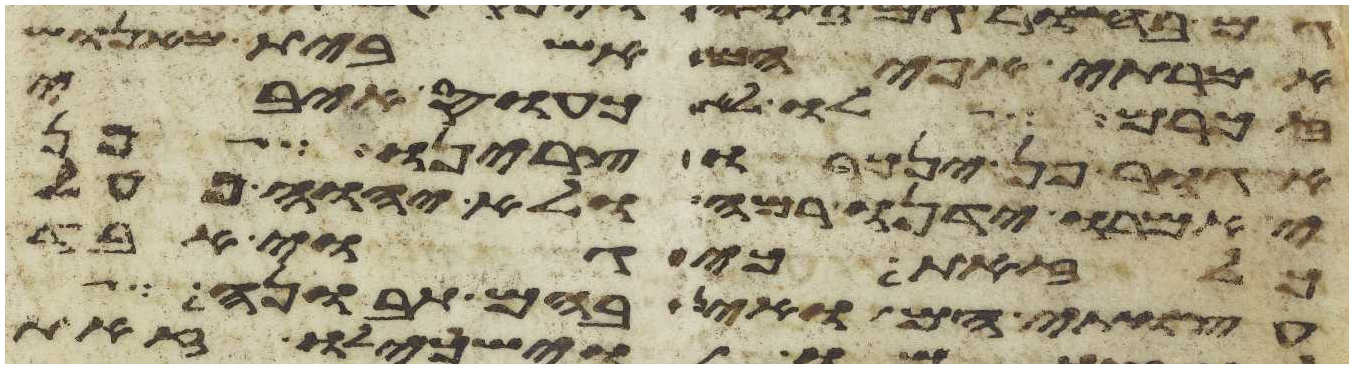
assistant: אמרתי אפי הם אשבית מאנוש
זכרם לו לא כעס איבי
אגור פן ינכרו צרינו פן
יאמרו ידינו רמה ולא יהוה פעל
כל זאת כי גוי אבד
עצות הם ואין בהם תבונה